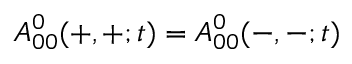
A _ { 0 0 } ^ { 0 } ( + , + ; t ) = A _ { 0 0 } ^ { 0 } ( - , - ; t )